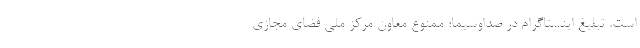
است. تبلیغ اینستاگرام در صداوسیما؛ ممنوع معاون مرکز ملی فضای مجازی